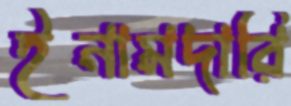
ইনামদারি